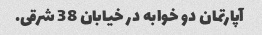
آپارتمان دو خوابه در خیابان 38 شرقی.